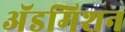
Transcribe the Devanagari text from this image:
अॅडमिशन